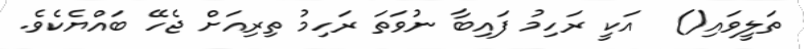
ތަލީވައި()  އަކީ ރަހިމު ފައިބާ ނުވަތަ ރަހިމު ތިރިއަށް ޖެހޭ ބައްޔެކެވެ.